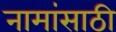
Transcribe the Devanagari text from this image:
नामांसाठी